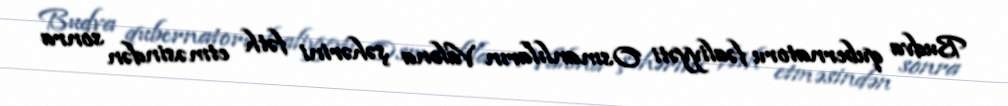
Budva qubernatoru fəaliyyəti Osmanlıların Valona şəhərini fəth etməsindən sonra